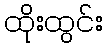
ထိုးထွင်း